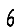
Digit: 6